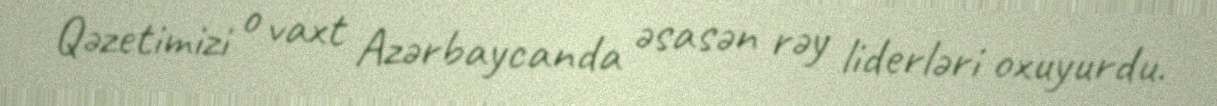
Qəzetimizi o vaxt Azərbaycanda əsasən rəy liderləri oxuyurdu.